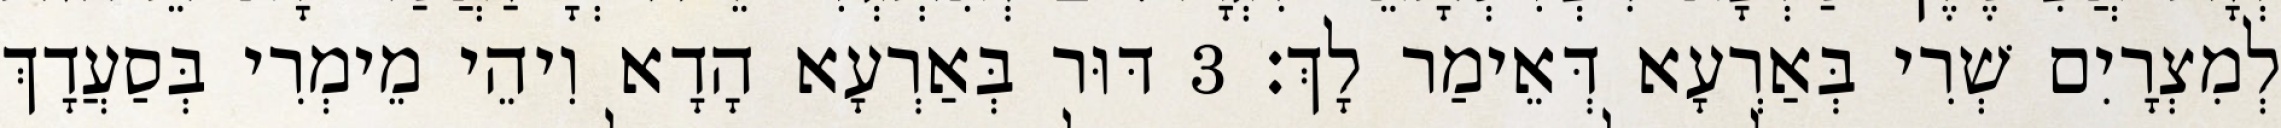
לְמִצְרָיִם שְׁרִי בְּאַרְעָא דְּאֵימַר לָךְ׃ 3 דּוּר בְּאַרְעָא הָדָא וִיהֵי מֵימְרִי בְּסַעֲדָךְ